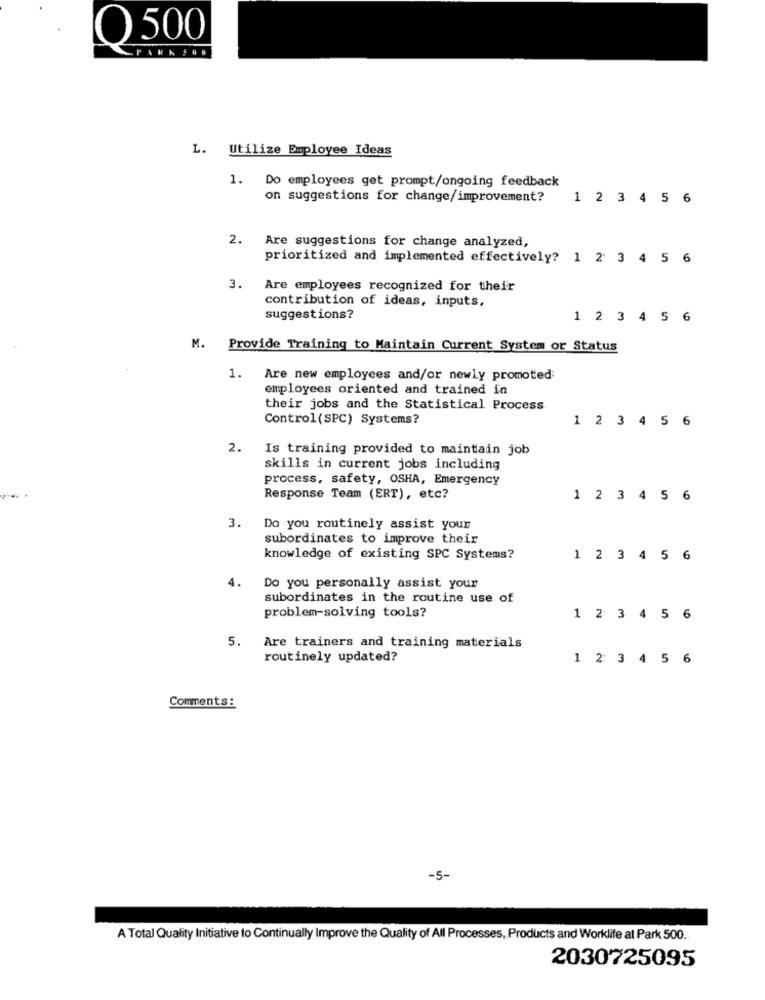
O 500
L. Utilize Employee Ideas
1. Do employees get prompt/ongoing feedback
on suggestions for change/improvement?
1 2 3 4 5 6
2. Are suggestions for change analyzed,
prioritized and implemented effectively? 1 2 3 4 5 6
3. Are employees recognized for their
contribution of ideas, inputs,
suggestions?
1 2 3 4 5 6
M. Provide Training to Maintain Current System or Status
1.
Are new employees and/or newly promoted;
employees oriented and trained in
their jobs and the Statistical Process
Control(SPC) Systems?
1 2 3 4 5 6
2.
Is training provided to maintain job
skills in current jobs including
process, safety, OSHA, Emergency
Response Team (ERT), etc?
1 2 3 4 5 6
3.
Do you routinely assist your
subordinates to improve their
knowledge of existing SPC Systems?
1 2 3 4 5 6
4.
Do you personally assist your
subordinates in the routine use of
problem-solving tools?
1 2 3 4 5 6
5.
Are trainers and training materials
routinely updated?
1 2 3 4 5 6
Comments :
-5-
A Total Quality Initiative to Continually Improve the Quality of All Processes, Products and Worklife at Park 500.
2030725095